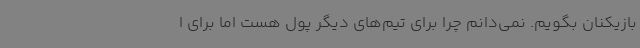
بازیکنان بگویم. نمی‌دانم چرا برای تیم‌های دیگر پول هست اما برای ا